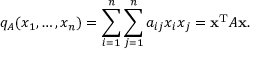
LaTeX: q _ { A } ( x _ { 1 } , \ldots , x _ { n } ) = \sum _ { i = 1 } ^ { n } \sum _ { j = 1 } ^ { n } a _ { i j } { x _ { i } } { x _ { j } } = \mathbf { x } ^ { \mathrm { T } } A \mathbf { x } .